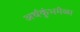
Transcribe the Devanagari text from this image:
अर्धकुंभमेळा